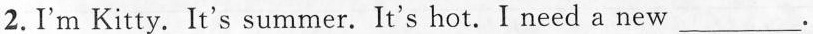
2.I'm Kitty. It's summer. It's hot. I need a new ___.